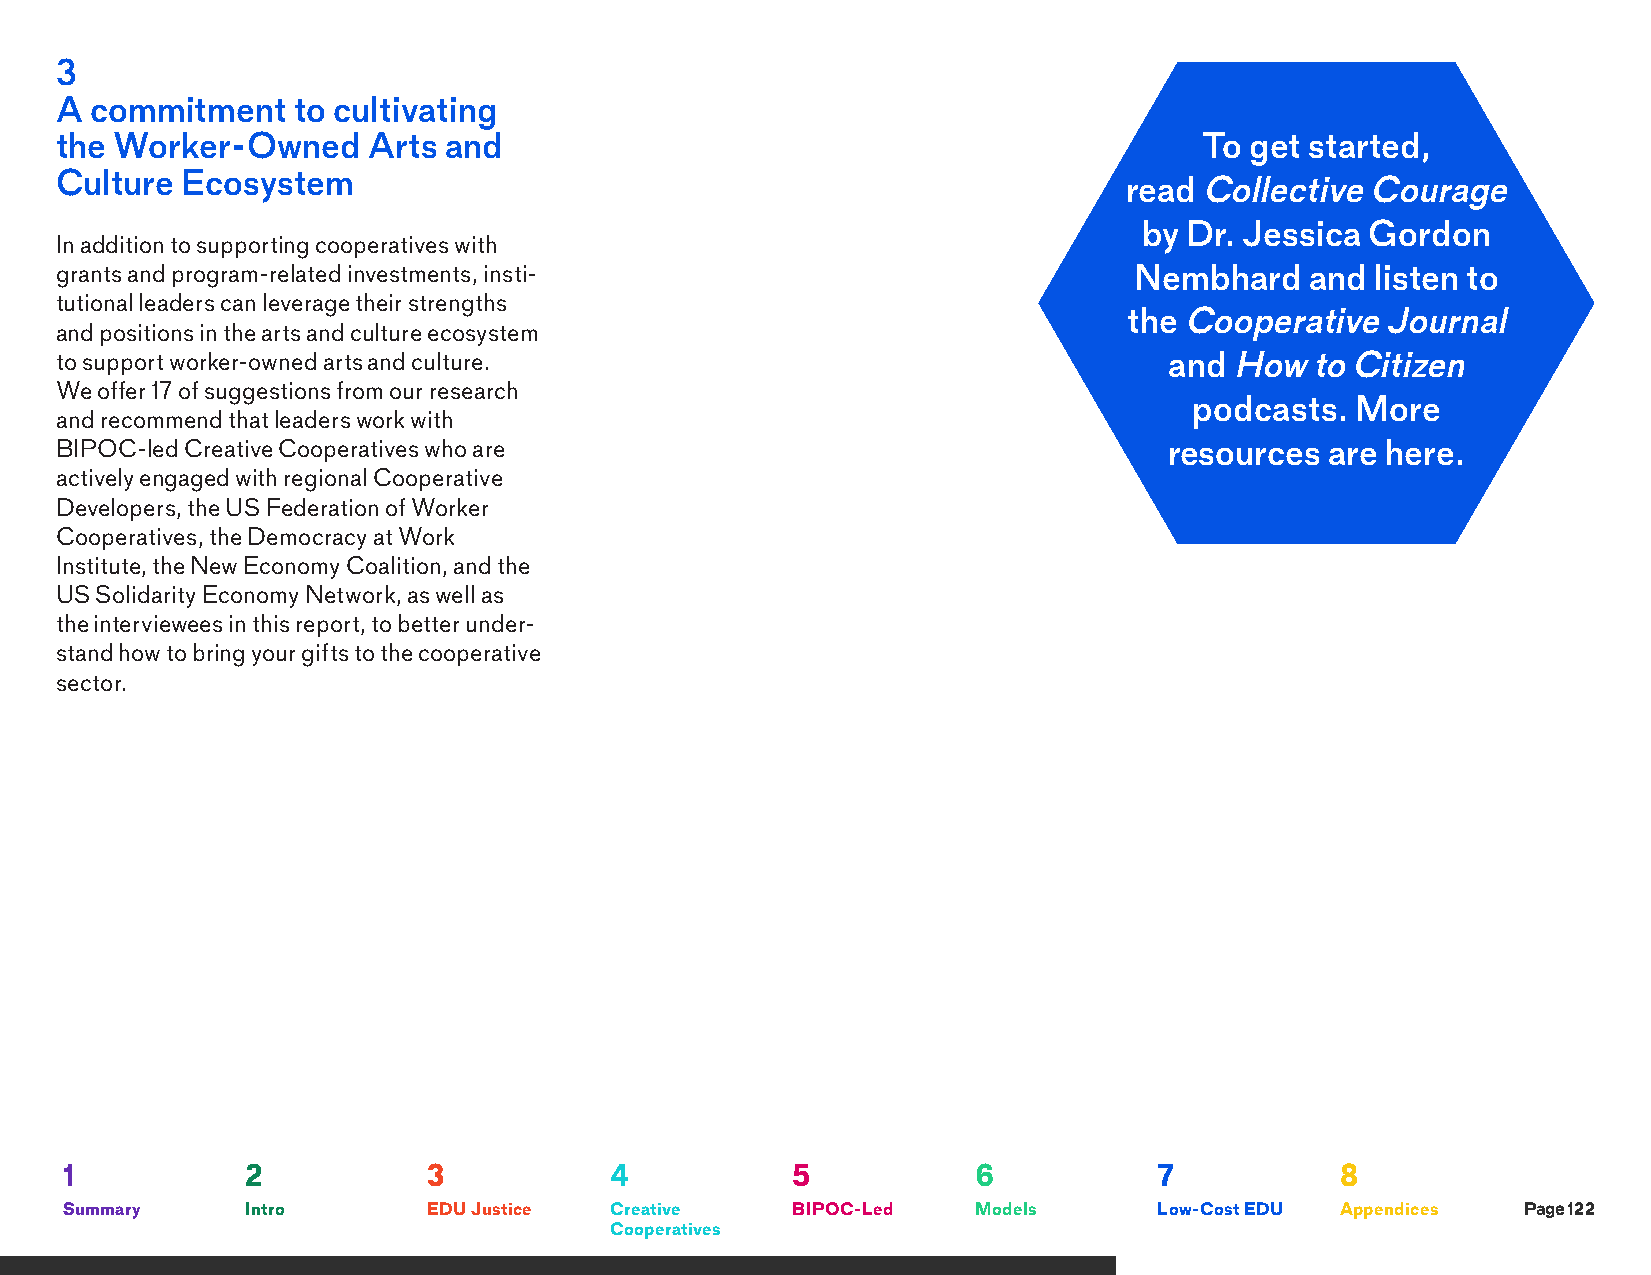
3
 A commitment   to cultivating
 the Worker-Owned    Arts and                                                To get started,
 Culture Ecosystem
 read Collective  Courage
 by Dr. Jessica Gordon
 In addition to supporting cooperatives with
 grants and program-related investments, insti-                         Nembhard    and listen to
 tutional leaders can leverage their strengths
 the Cooperative  Journal
 and positions in the arts and culture ecosystem
 to support worker-owned arts and culture.                                and How   to Citizen
 We offer 17 of suggestions from our research
 podcasts.  More
 and recommend that leaders work with
 BIPOC-led Creative Cooperatives who are                                  resources  are here.
 actively engaged with regional Cooperative
 Developers, the US Federation of Worker
 Cooperatives, the Democracy at Work
 Institute, the New Economy Coalition, and the
 US Solidarity Economy Network, as well as
 the interviewees in this report, to better under-
 stand how to bring your gifts to the cooperative
 sector.
 1           2           3           4           5            6           7           8
 Summary     Intro       EDU Justice Creative    BIPOC-Led    Models      Low-Cost EDU Appendices Page 122
 Cooperatives